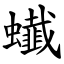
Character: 䘂